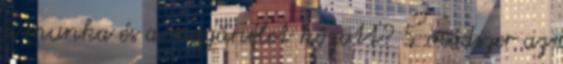
a munka és a magánélet között? 5 módszer az